Bréfritari: Þórarinn Stefánsson
Dagsetning: A-1930-05-22
Skrifað á: Vesturheimi

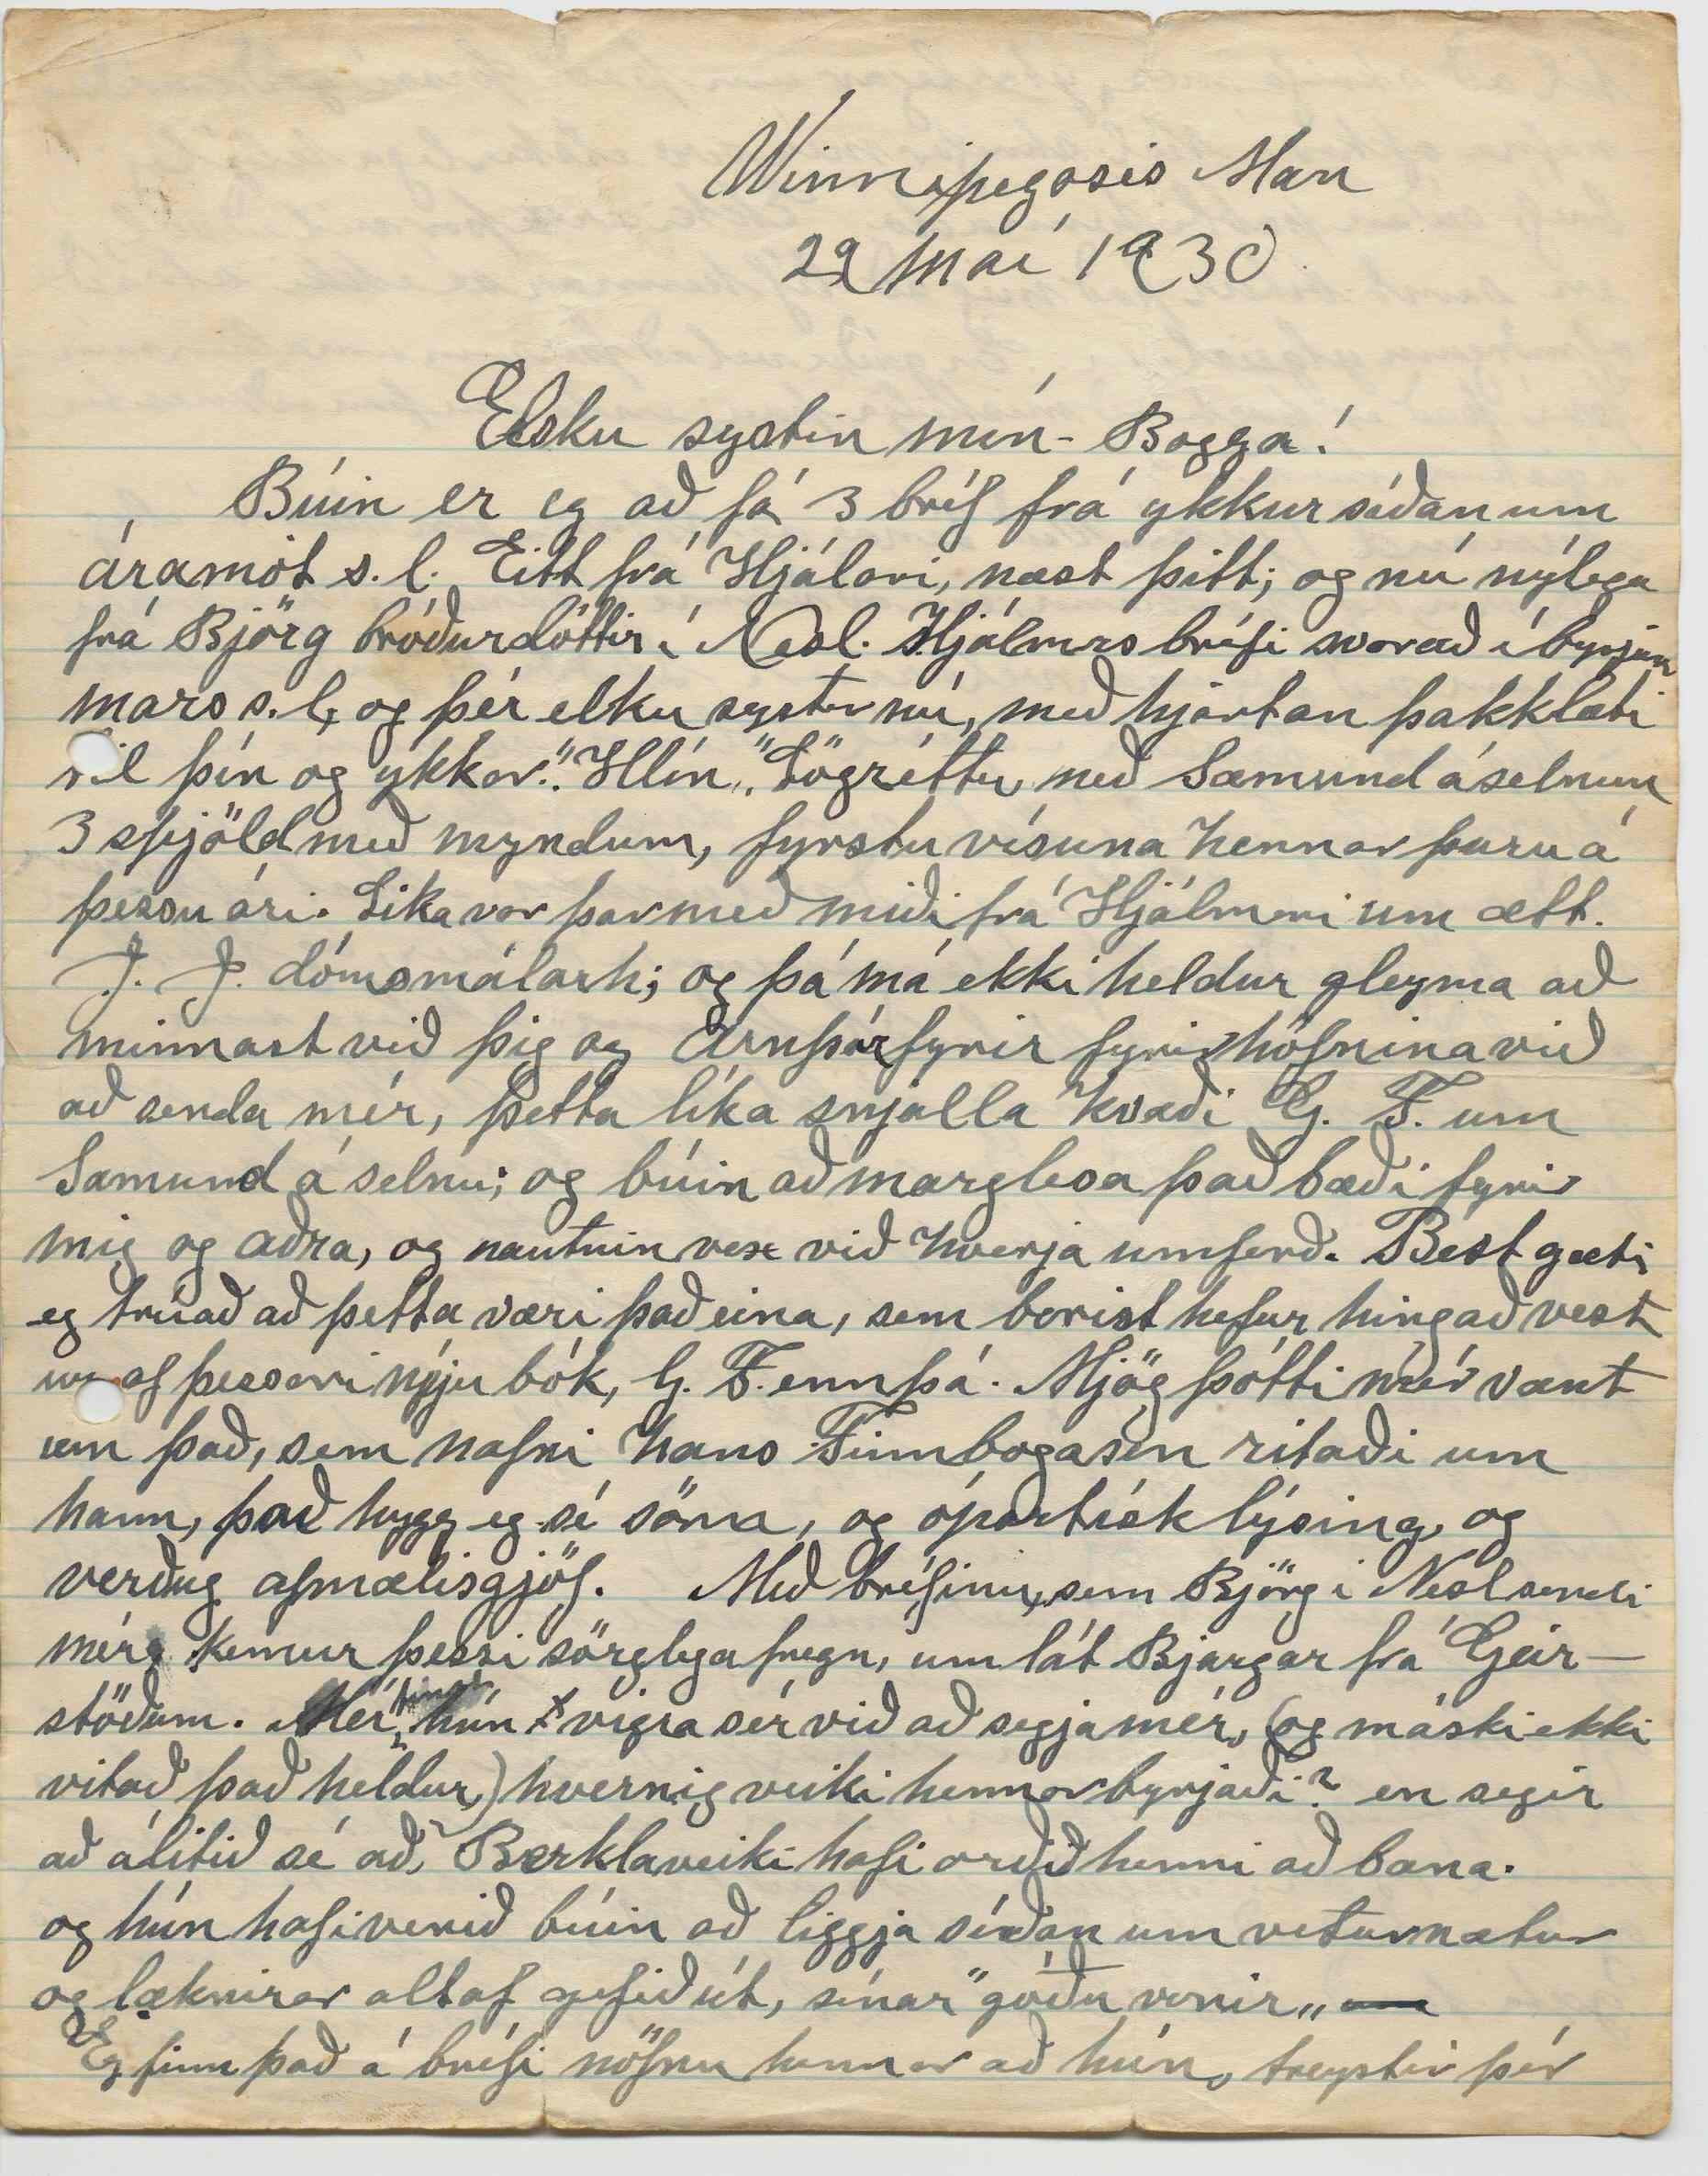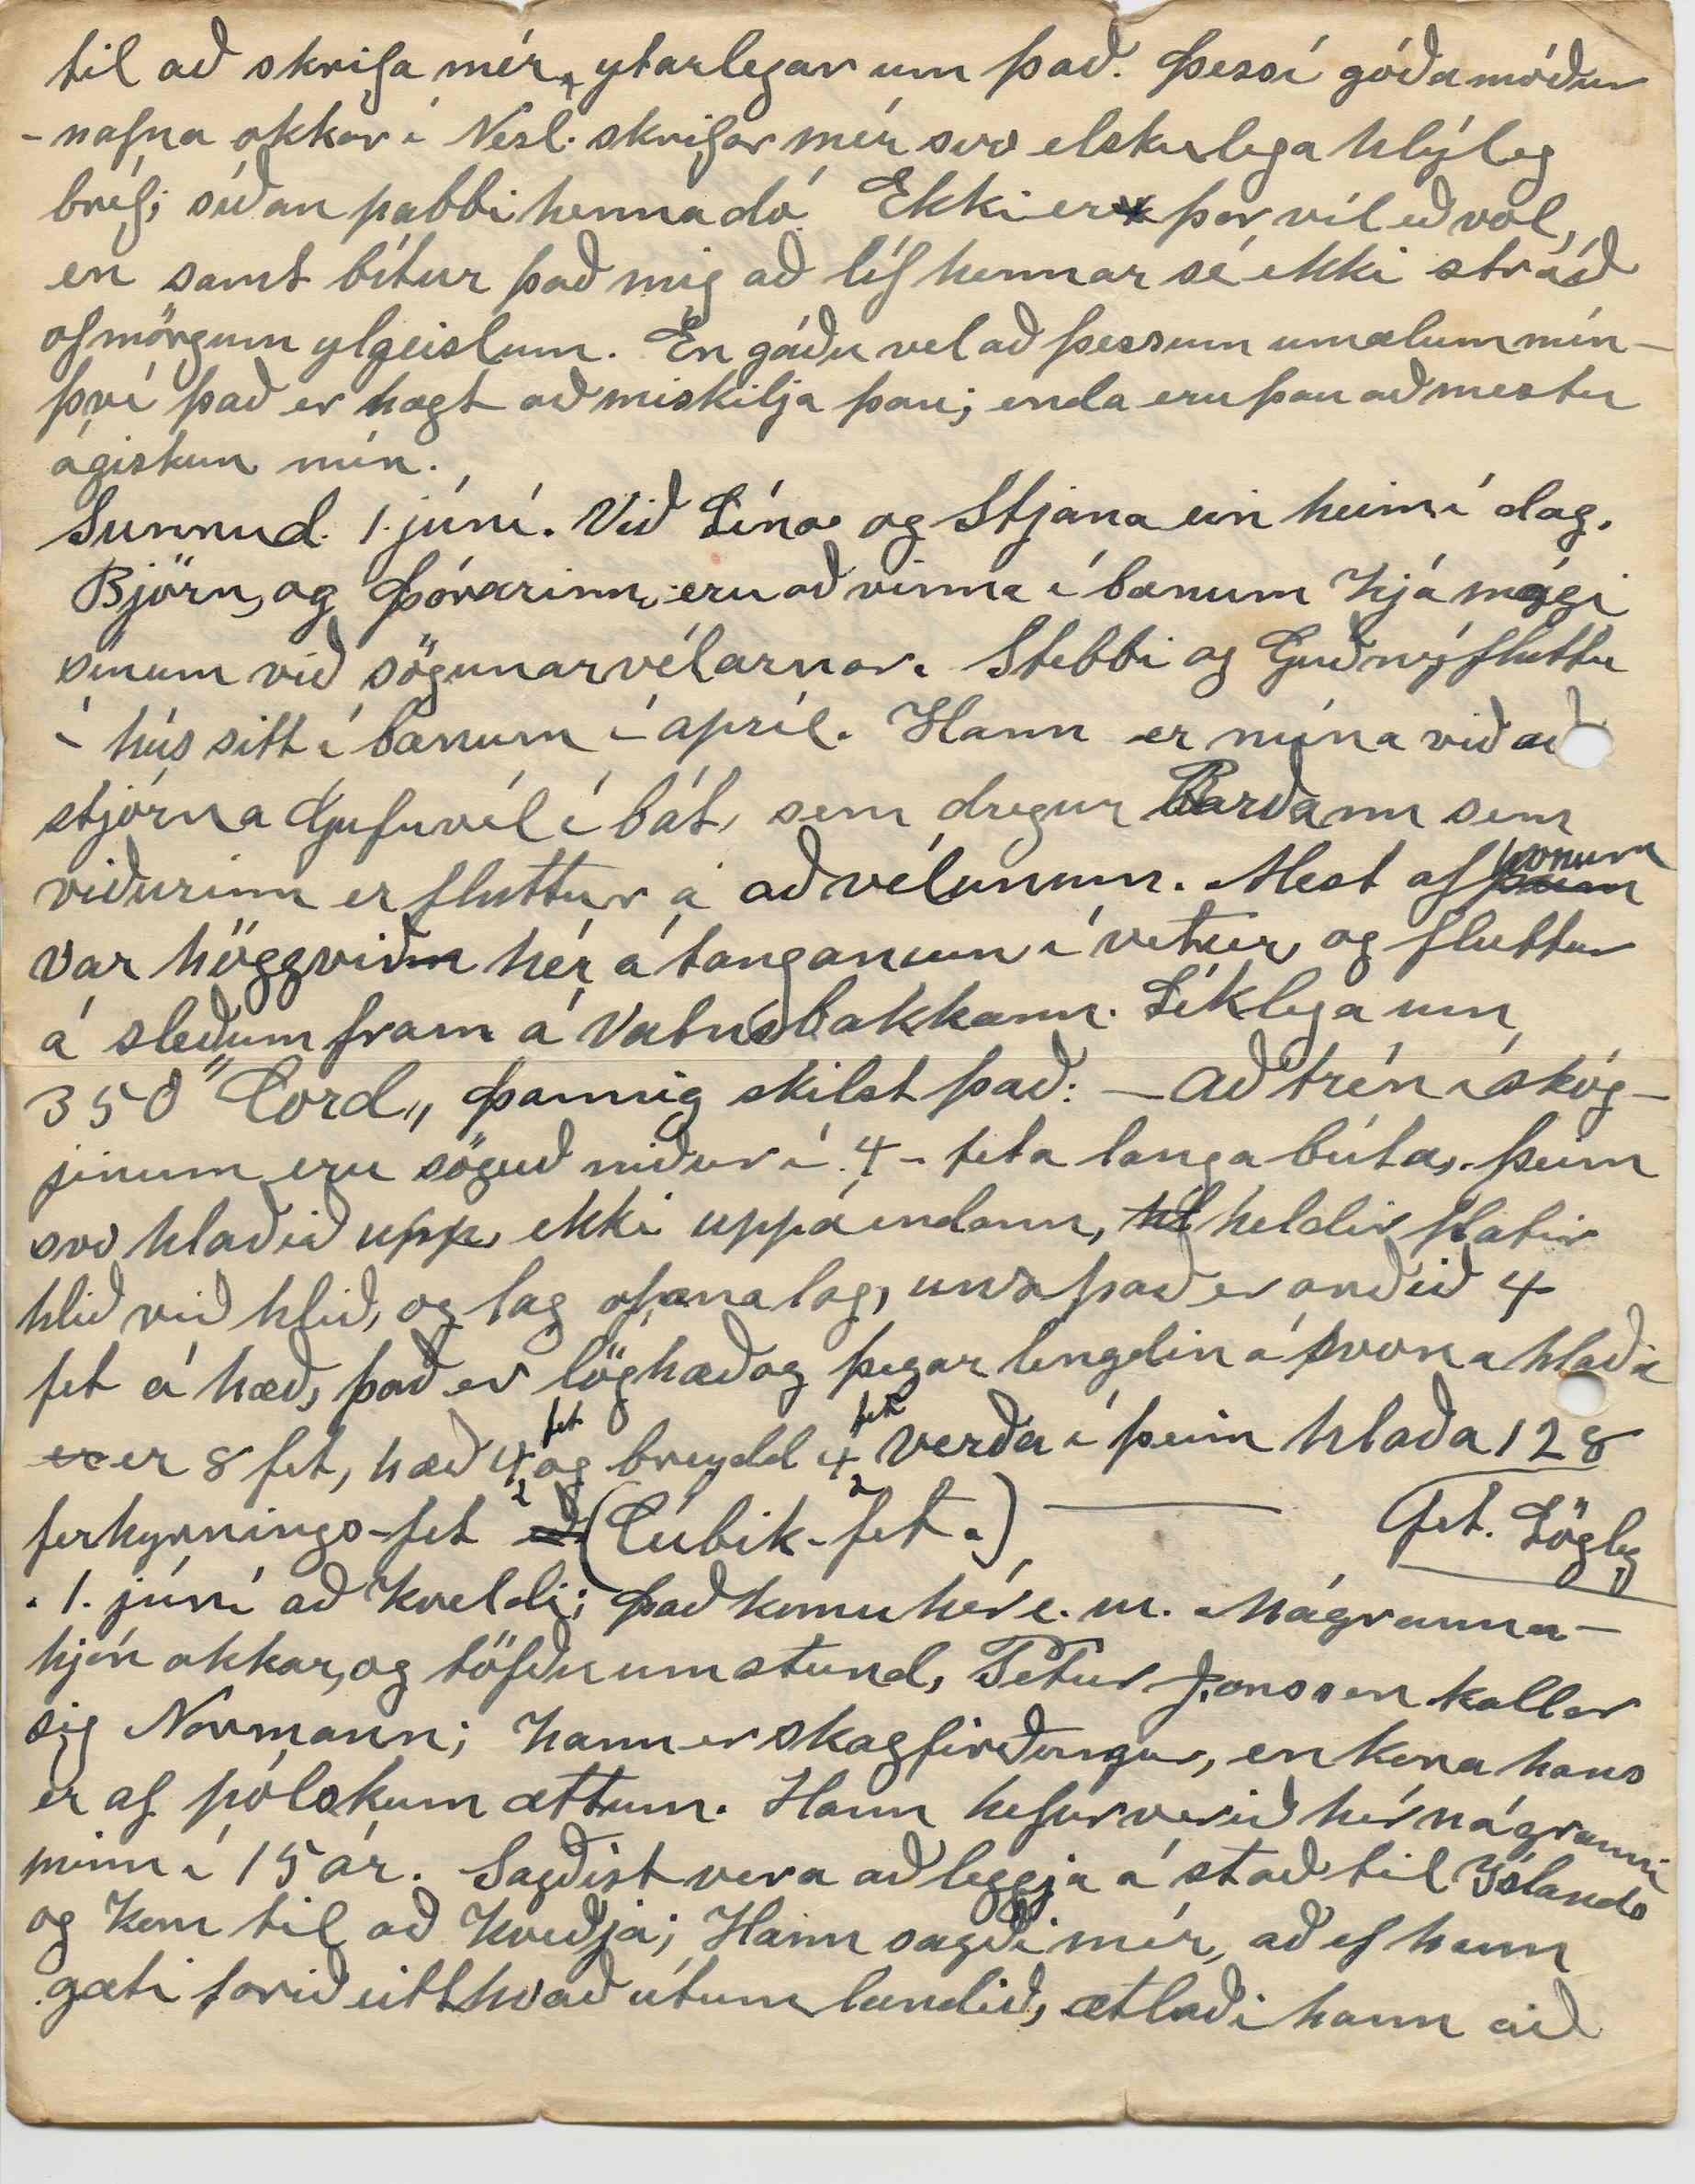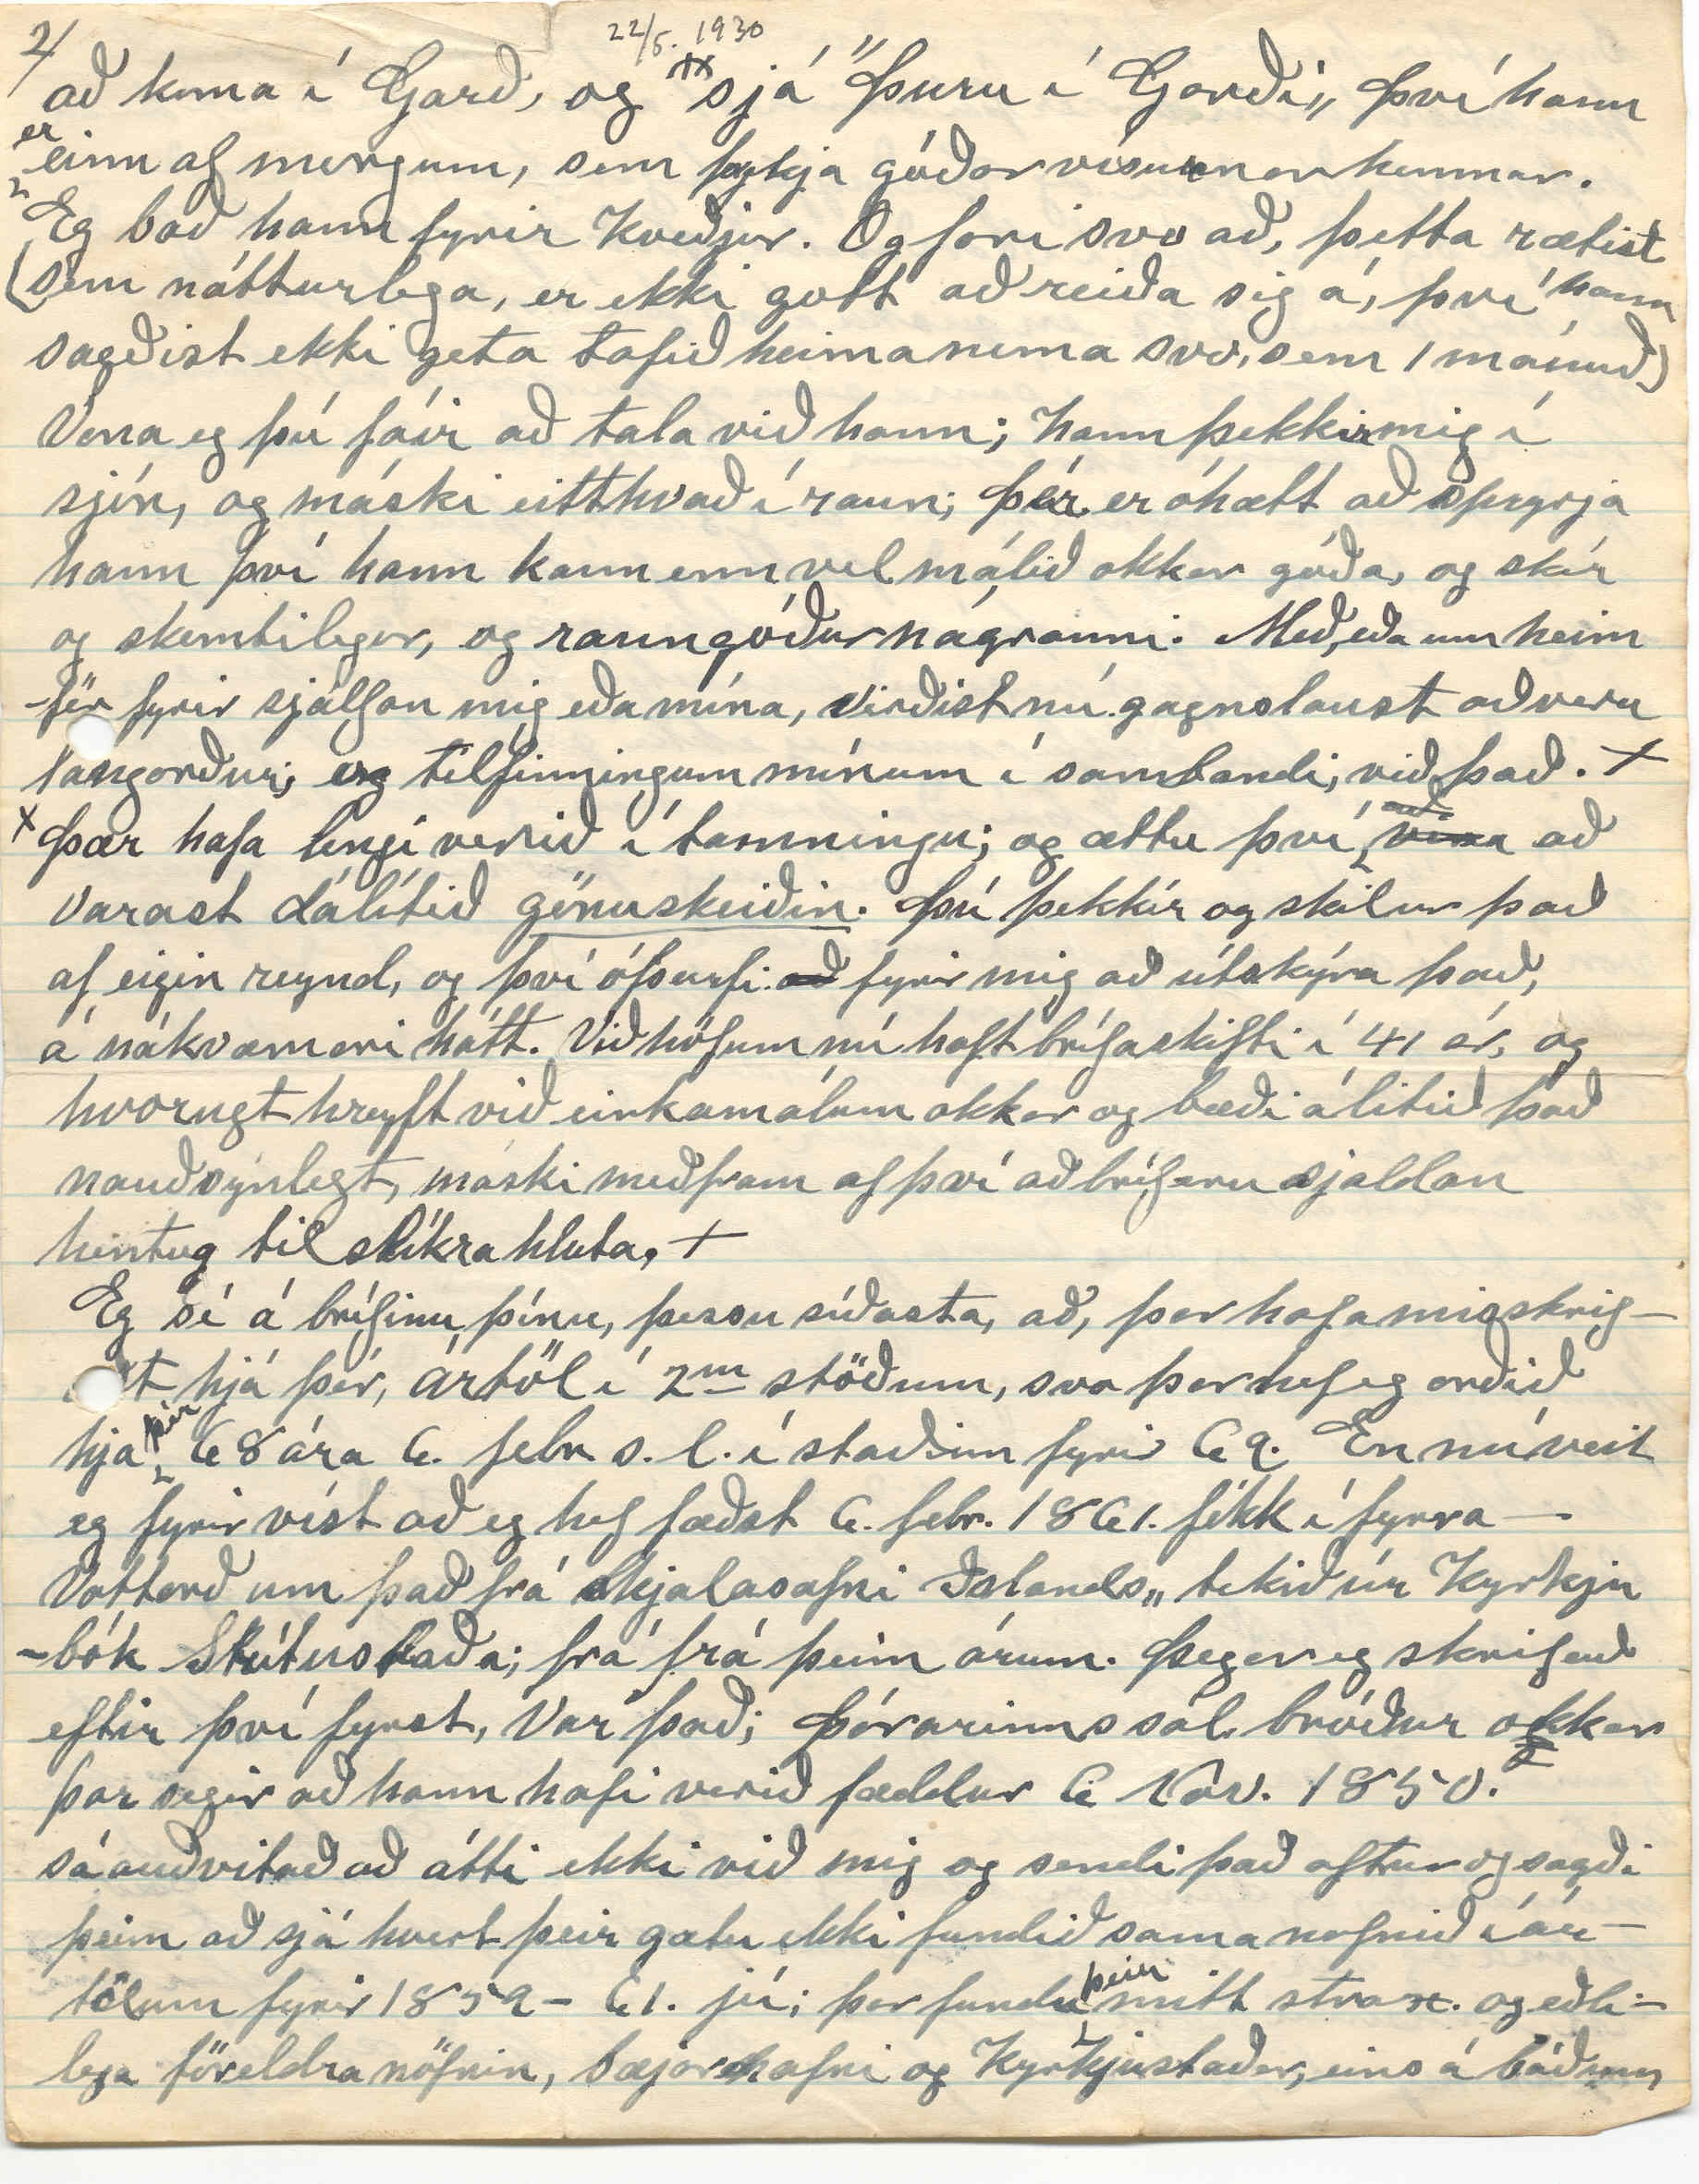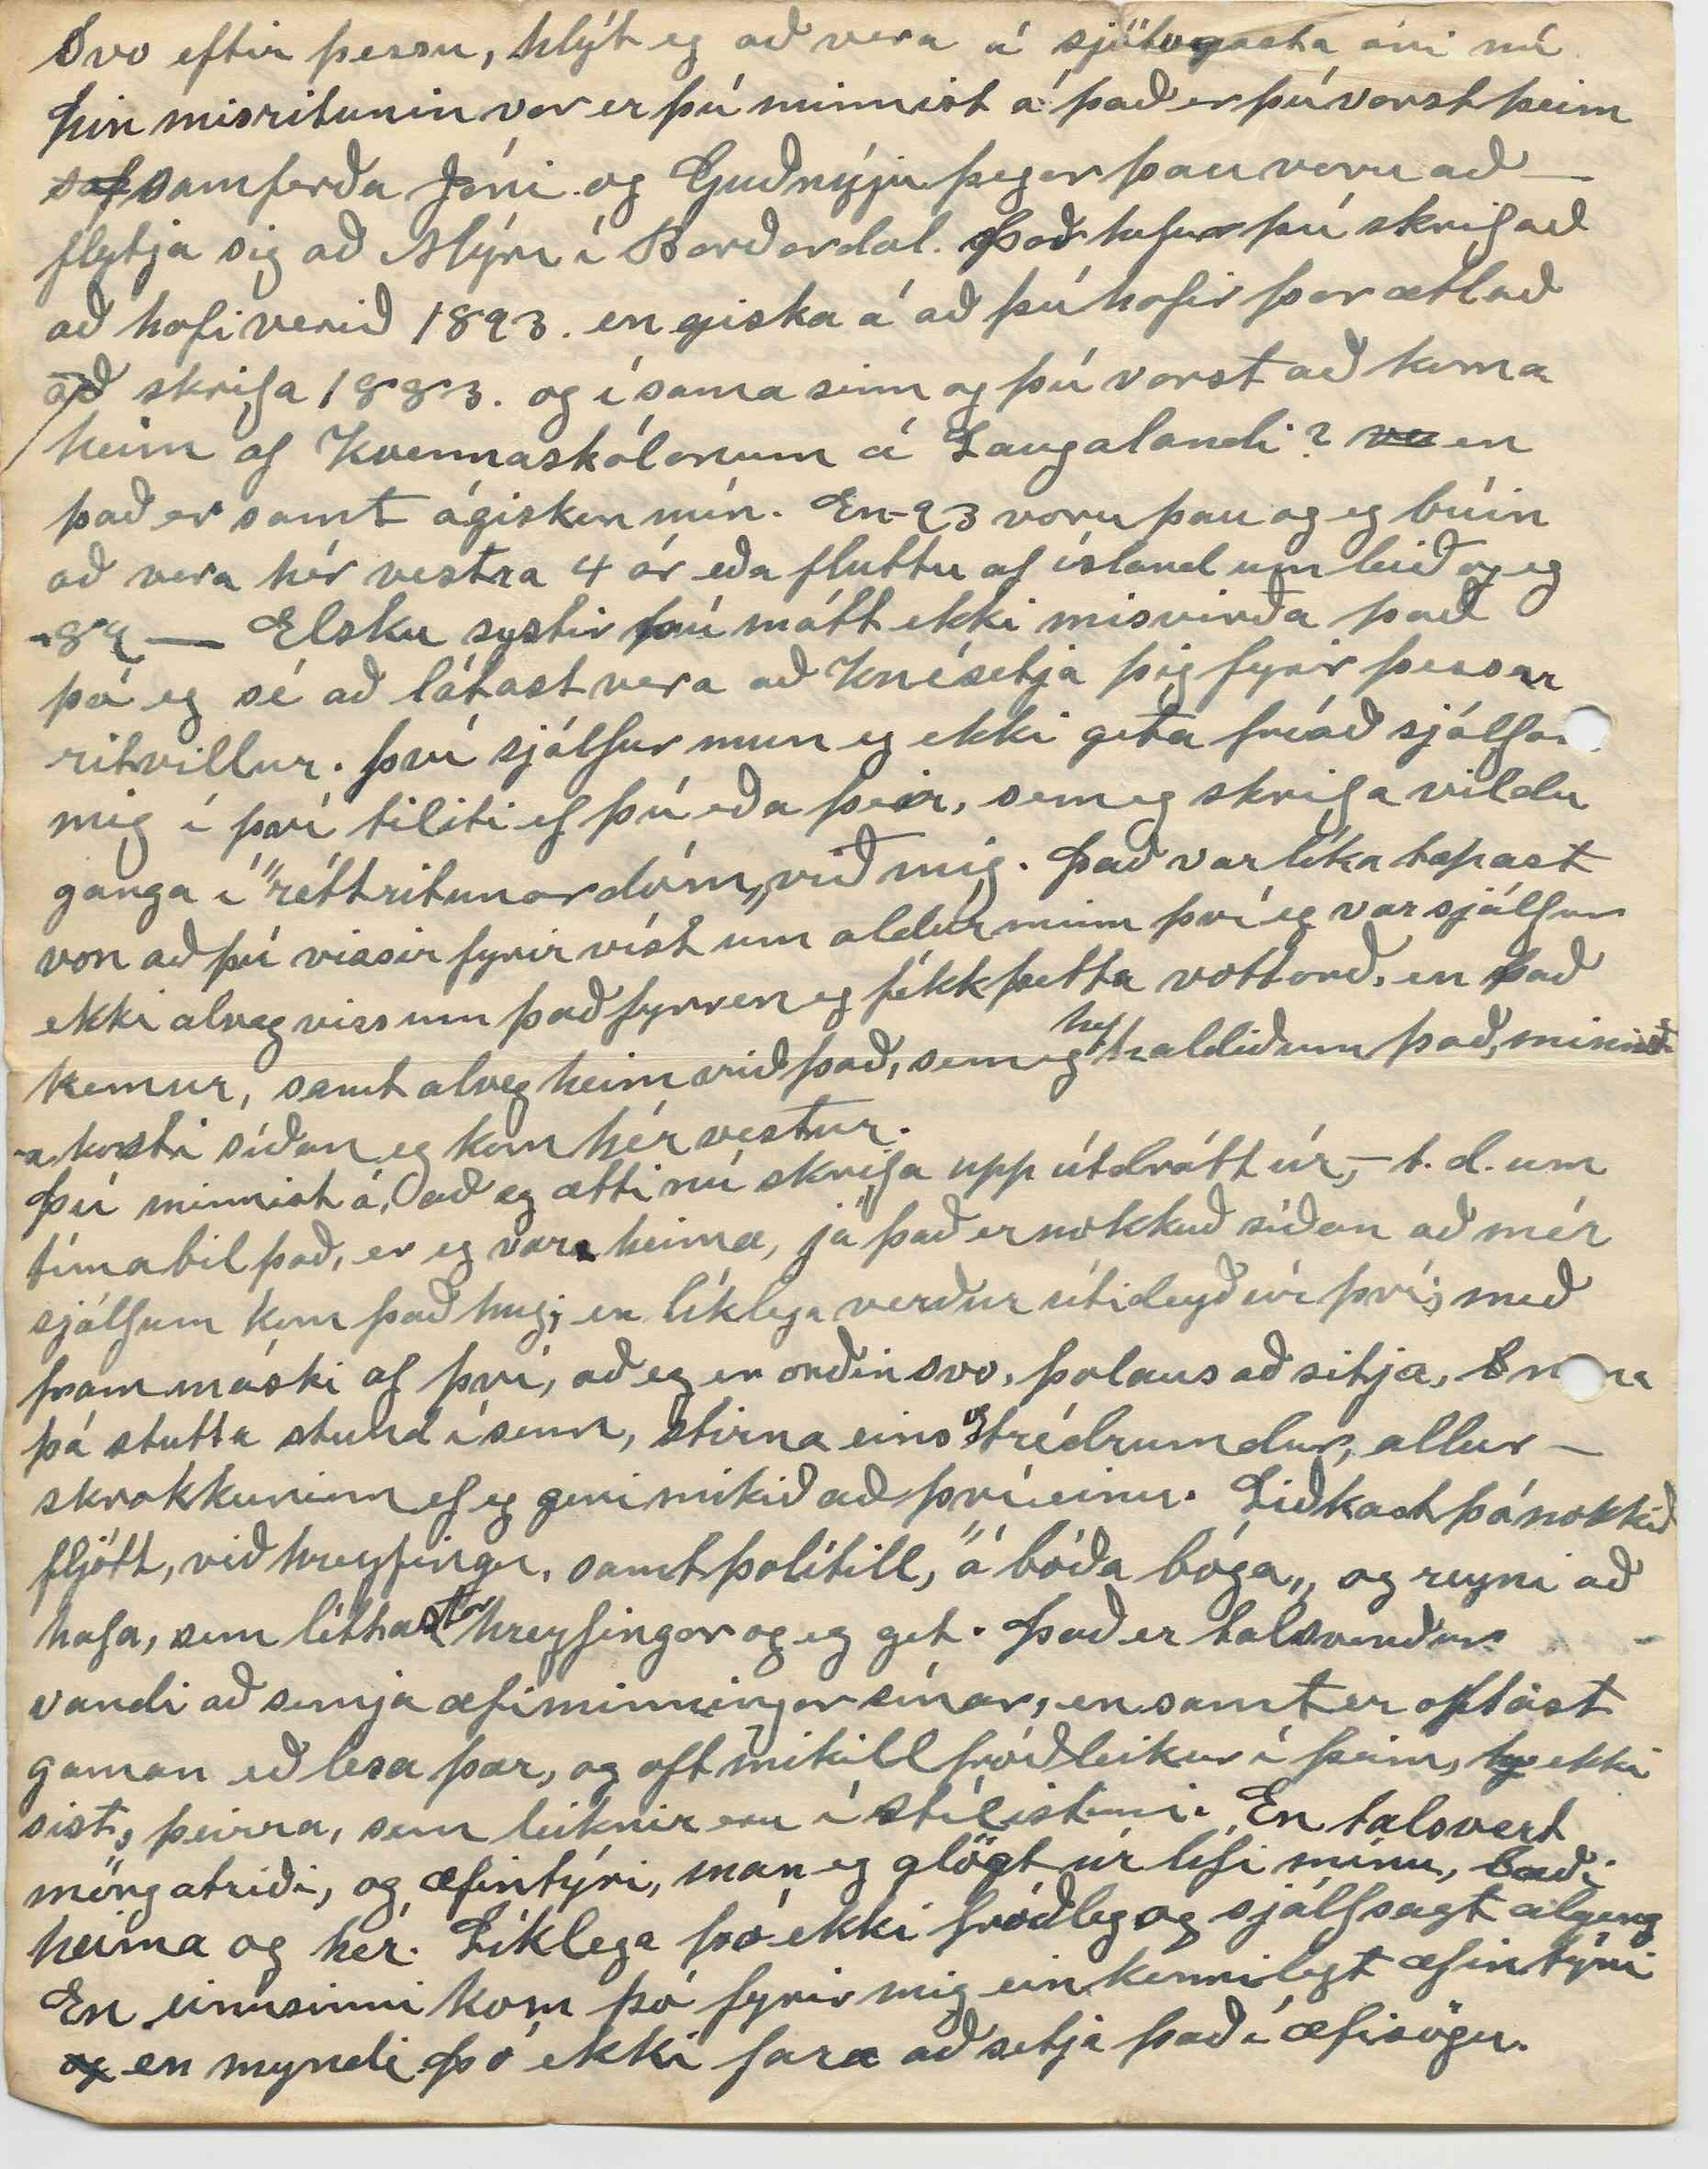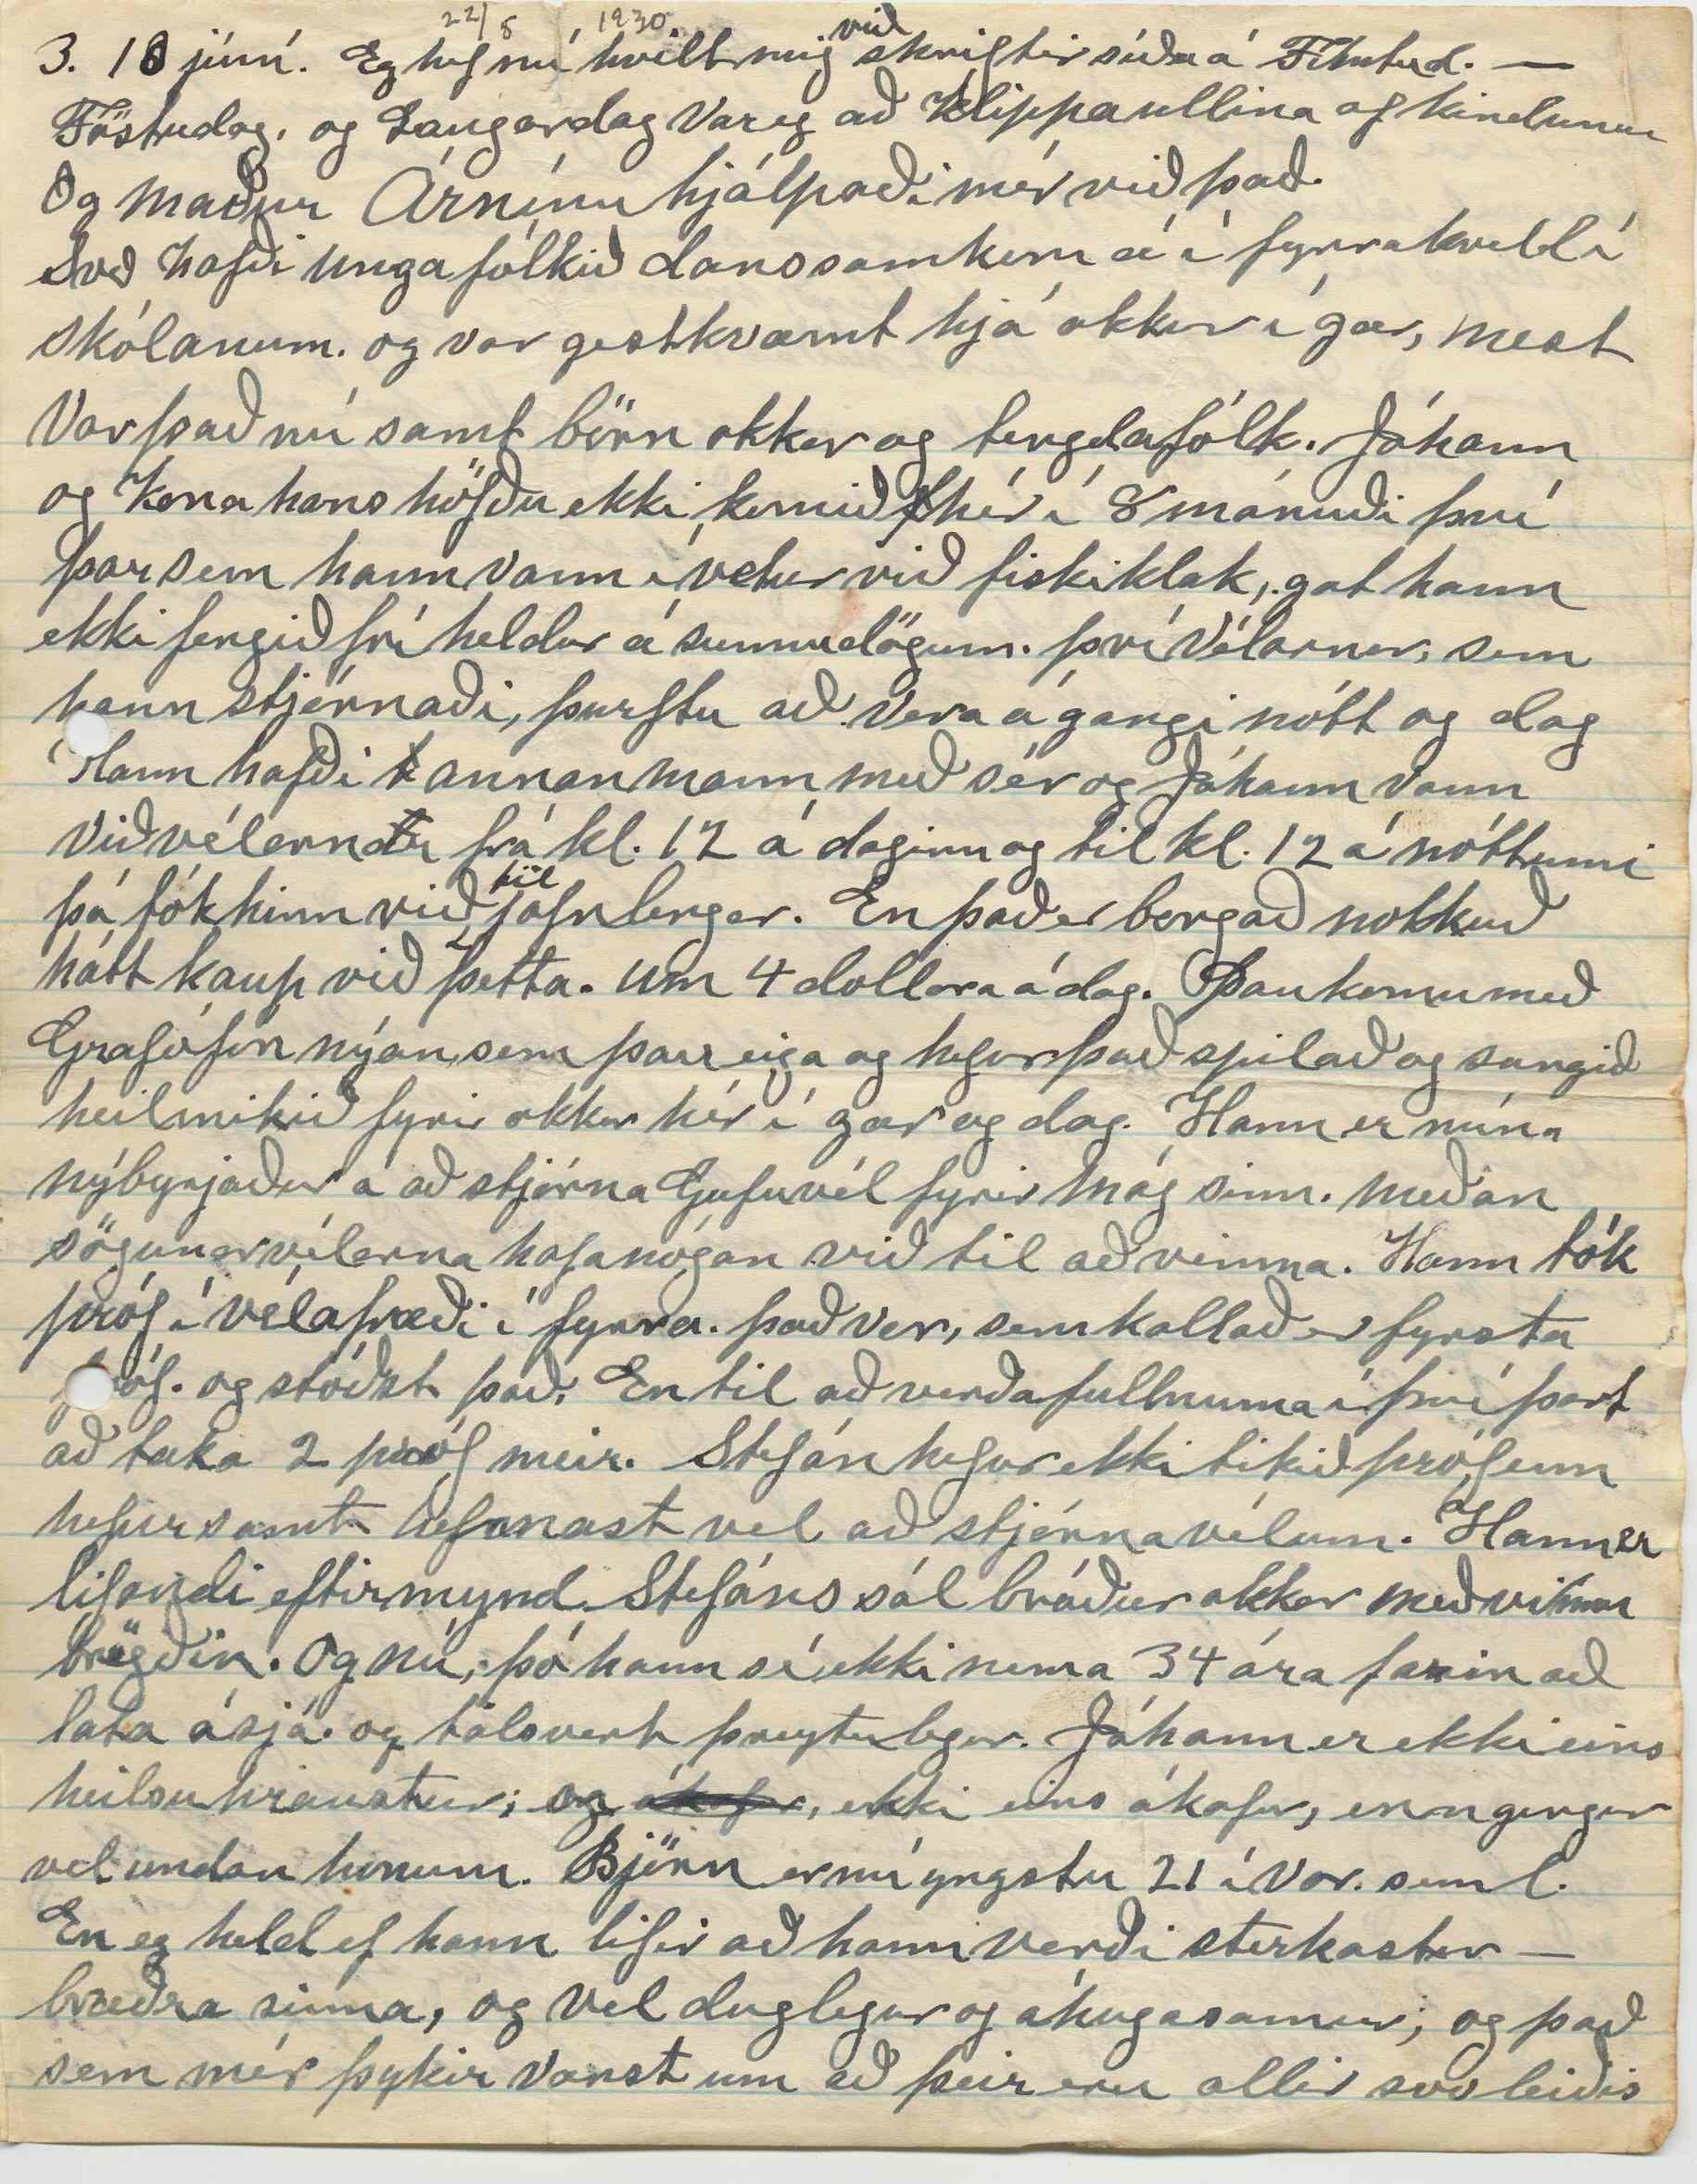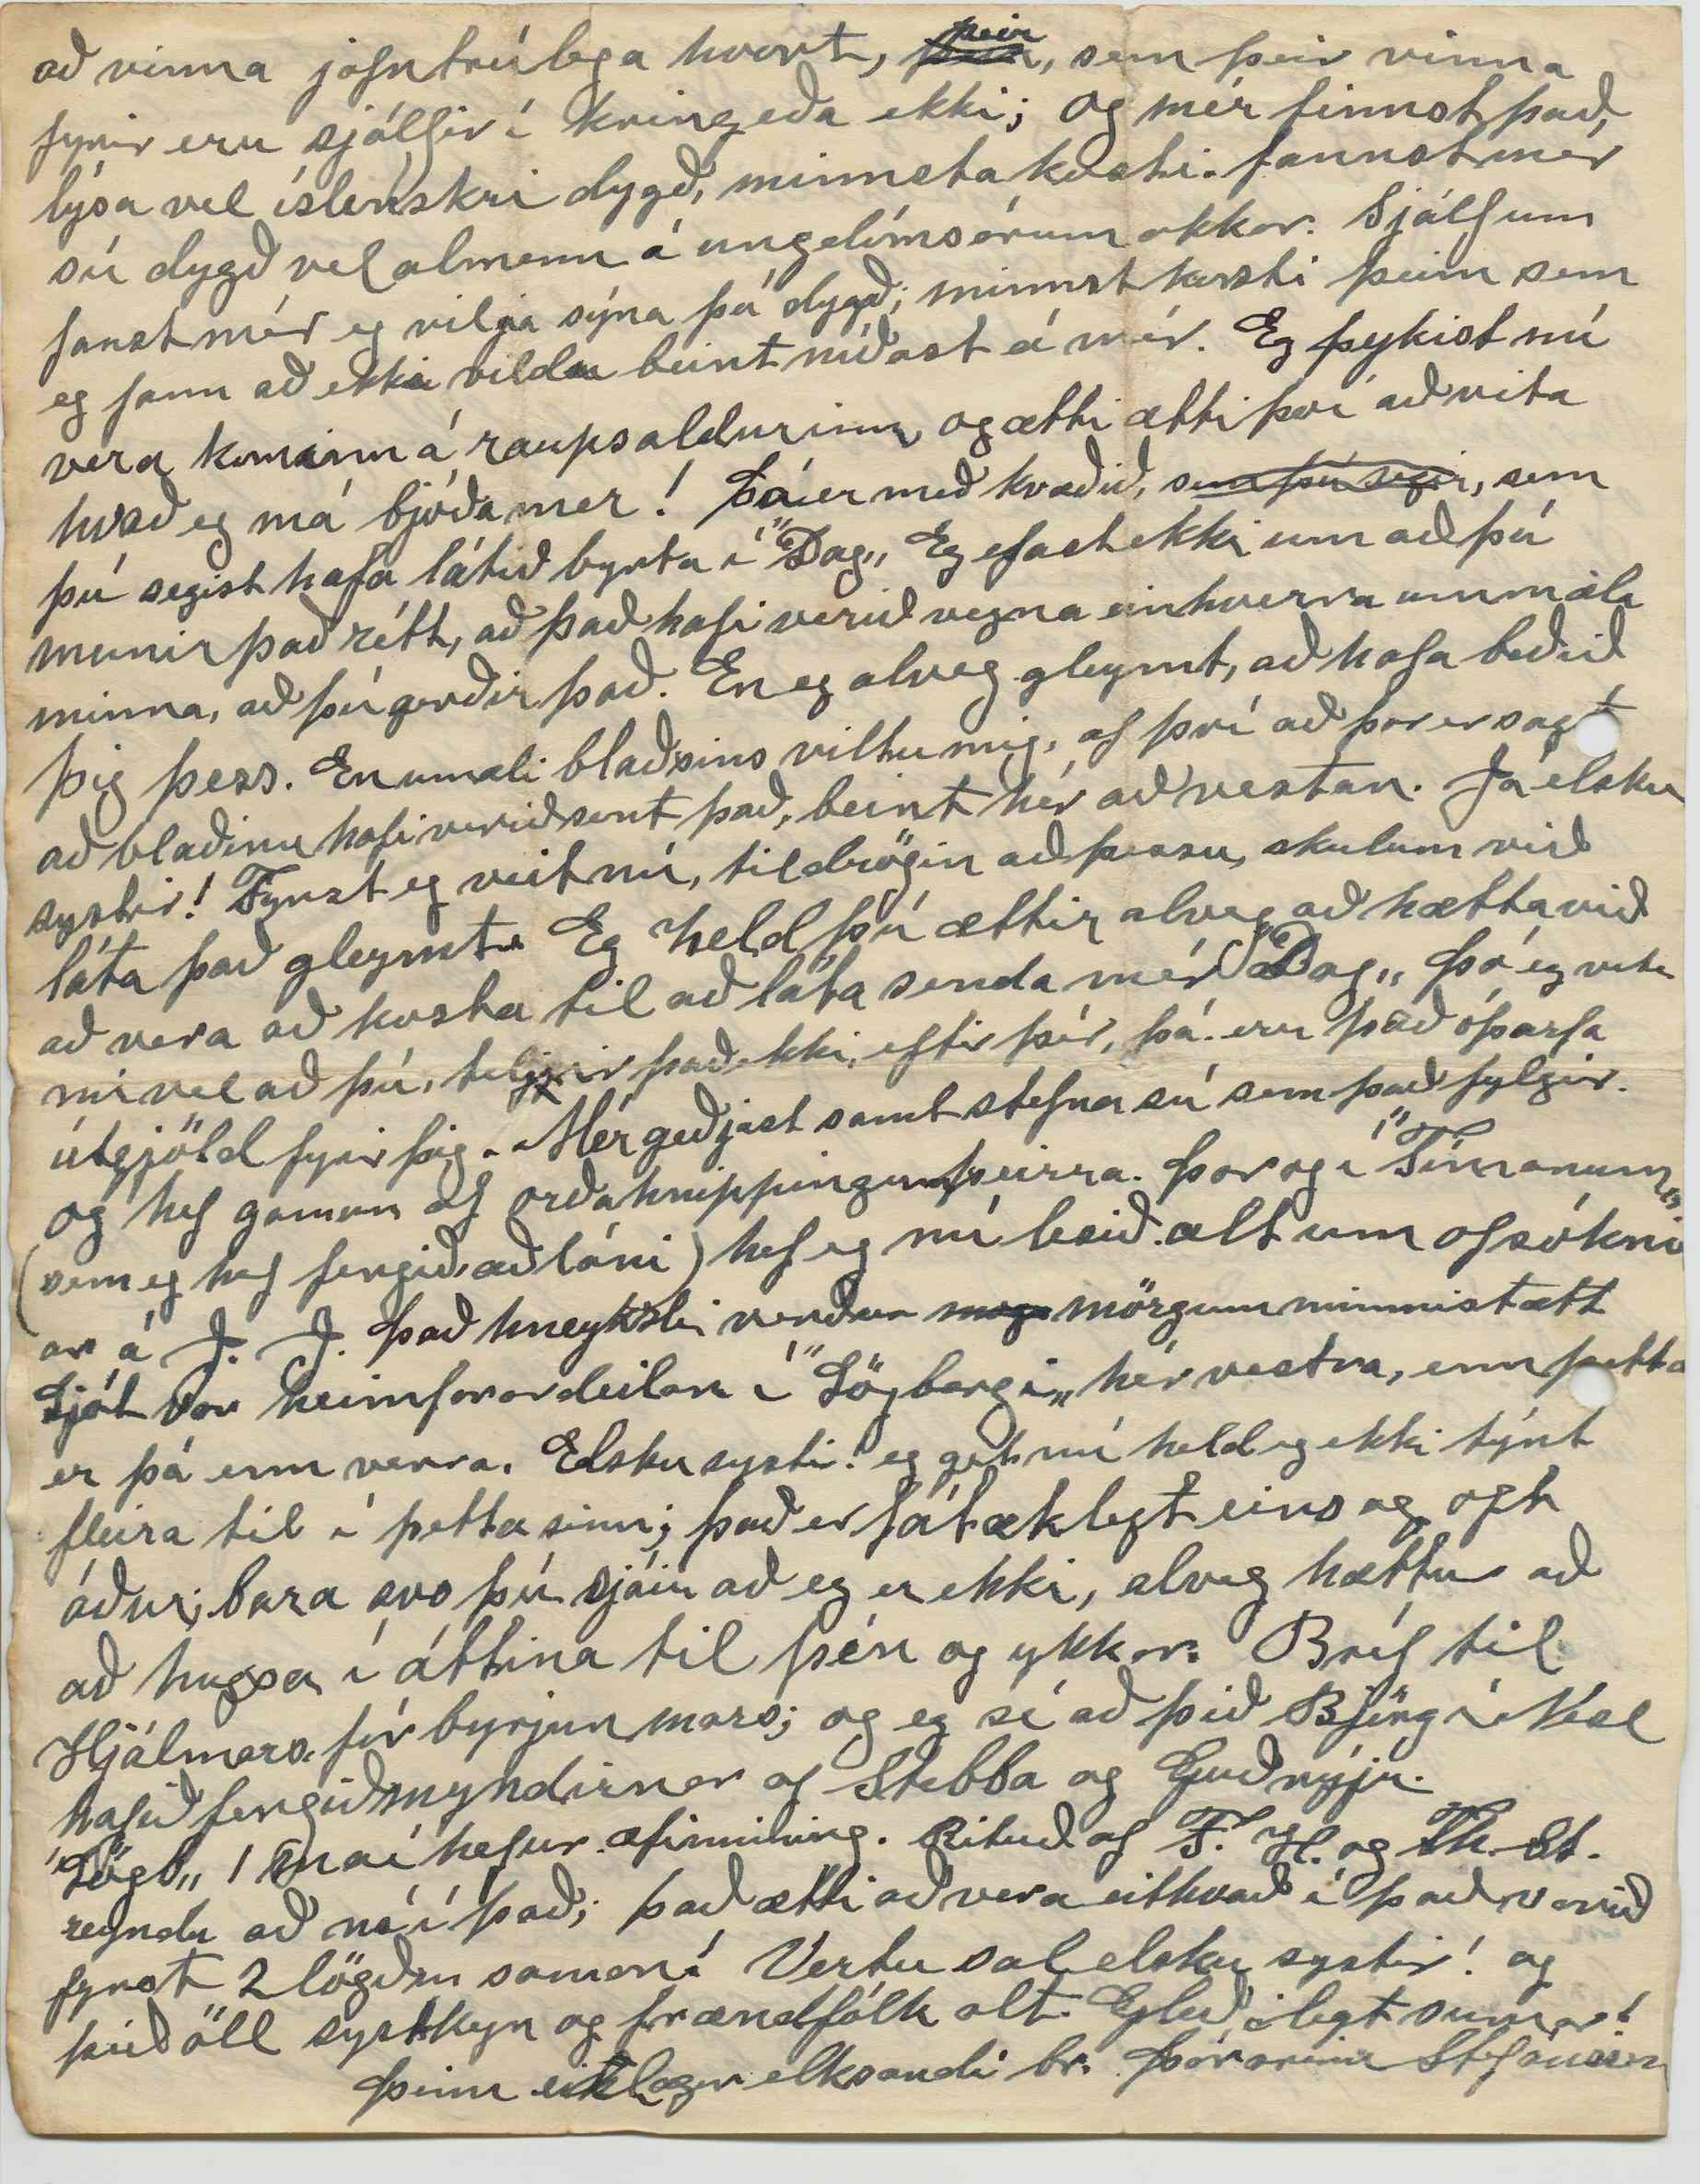

Winnipegosis Man
29 maí 1930.
Elsku systin mín - Bogga!
Búin er eg að fá 3 bréf frá ykkur síðan um áramót s.l. Eitt frá Hjálari, næst þitt; og nú nýlega frá Björg bróðurdóttir í Nesl. Hjálmrs bréfi svarað í byrjun mars s.l. og þér elku systir nú, með hjartan þakklæti til þín og ykkar. ”Hlín„ ”Lögréttu með Sæmund á selnum 3 spjöld með myndum, fyrstu vísuna hennar þuru á þessu ári. Lika var þar með miði frá Hjálmari um ætt. J. J. dómsmálarh; og þá má ekki heldur gleyma að minnast við þig og Arnþór fyrir fyrirhöfnina við að senda mér, þetta líka snjalla kvæði G. F. um Sæmund á selnu; og búin að marglesa það bæði fyrir mig og aðra, og nautnin vex við hverja umferð. Best gæti eg trúað að þetta væri það eina, sem borist hefur hingað vestur af þessari nýju bók, G. F. ennþá. Mjög þótti mér vænt um það, sem nafni hans Finnbogason ritaði um hann, það hygg eg sé sönn, og ópartísk lýsing, og verðug afmælisgjöf. Með bréfinu, sem Björg í Nesl sendi mér kemur þessi sörglega fregn, um lát Bjargar frá Geirstöðum. Mér
finst
hún vigra sér við að segja mér, (og máski ekki vitað það heldur) hvernig veiki hennar byrjaði? en segir að álitið sé að, Berklaveiki hafi orðið henni að bana. og hún hafi verið búin að liggja síðan um veturnætur og læknirar altaf gefið út, sínar ”góðu vonir„
um
Eg finn það á bréfi nöfnu hennar að hún treystir þér
til að skrifa mér ytarlegar um það. Þessí góða móðurnafna okkar í Nesl. skrifar mér svo elskulega hlýleg bréf; síðan pabbi henna dó. Ekki er
t
þar víl eð vol, en samt bítur það mig að líf hennar sé ekki stráð of mörgum ylgeislum. En gáðu vel að þessum umælum mín því það er hægt að miskilja þau; enda eru þau að mestu ágiskun mín.
Sunnud. 1. júní. Við Lína og Stjana ein heim í dag. Björn og Þórarinn eru að vinna í bænum hjá mági sínum við sögunarvélarnar. Stebbi og Guðný fluttu í hús sitt í bænum í apríl. Hann er núna við að stjórna Gufuvél í bát, sem dregur
0arðann
sem viðurinn er fluttur á að vélunum. Mest af
þeim
honum var höggvið
0n
hér á tanganum í vetur og fluttur á sleðum fram á vatnsbakkann. Líklega um 350 ”Cord„ Þannig skilst það: - að trén í skógjinum eru söguð niður í. 4-feta langa búta, þeim svo hlaðið upp, ekki uppá endann,
hl
heldir flatir hlið við hlið, og lag ofana lag, unz það er orðið 4 fet á hæð, það er löghæð og þegar lengdin á svona hlaða
er
er 8 fet, hæð 4
fet
og breydd 4
fet
verða í þeim hlaða 128
fet. Lögleg
ferhyrnings-fet
eð
(Cúbik-fet.)
1. júní að kveldi; Það komu hér e.m. nágrannahjón okkar, og töfðu um stund, Petur Jonsson kallar sig Normann; hann er skagfirðingur, en kona hans er af pólskum ættum. Hann hefur verið hér nágranni minn í 15 ár. Sagðist vera að leggja á stað til Íslands og kom til að kveðja; Hann sagði mér, að ef hann gæti farið eitthvað útum landið, ætlaði hann að
að koma í Garð, og sjá ”Þuru í Garði„ Því hann
er
einn af morgum, sem þykja góðar vísurnar hennar. Eg bað hann fyrir kveðjur. Og fari svo að, þetta rætist (sem nátturlega, er ekki gott að reiða sig á, því hann sagðist ekki geta tafið heima nema svo, sem 1 mánuð) Vona eg þú fáir að tala við hann; hann þekkir mig í sjón, og máski eitthvað í raun; Þér er óhætt að spyrja hann því hann kann enn vel málið okkar góða, og skír og skemtilegur, og raungóður nágranni. Með, eða um heimför fyrir sjálfan mig eða mína, virðist nú gagnslaust að vera langorður; og tilfinningum mínum í sambandi, við það. Þær hafa lengi verið í tamningu; og ættu því
vi0a
að varast dálítið
gönuskeiðin.
Þú þekkir og skilur það af eigin reynd, og því óþarfi
að
fyrir mig að útskýra það, á nákvæmari hátt. Við höfum nú haft bréfaskifti í 41 ár, og hvorugt hreyft við einkamálum okkar og bæði álitið það nauðsýnlegt, máski meðfram af því að bréf eru sjaldan hentug til slíkra hluta.
Eg sé á bréfinu þínu, þessu síðasta, að, þar hafa misskrifast hjá þér, ártöl í 2
m
stöðum, svo þar hef eg orðið hjá
þér
68 ára 6. febr s.l. í staðinn fyrir 69. En nú veit eg fyrir víst að eg hef fæðst 6. febr. 1861. fékk í fyrra vottorð um það frá Skjalasafni Islands„ tekið úr kyrkjubók Skútustaða; frá frá þeim árum. Þegar eg skrifað eftir því fyrst, var það; Þórarinns sál. bróður okkar þar segir að hann hafi verið fæddur 6 Nov. 1850. sá auðvitað að átti ekki við mig og sendi það aftur og sagði þeim að sjá hvort þeir gætu ekki fundið sama nafnið í ártölum fyrir 1859 - 61. jú; þar fundu
þeir
mitt strax. og eðlilega föreldra nöfnin, bæjarnafni og kyrkjustaðar, eins á báðum
Svo eftir þessu, hlýt eg að vera á sjötugasta ári nú. hin misritunin var er þú minnist á það er þú varst þeim
saf
samferða Jóni og Guðnýju þegar þau voru að flytja sig að Mýri í Barðardal. Það hefur þú skrifað að hafi verið 1893. en giska á að þú hafir þar ætlað að skrifa 1883. og í sama sinn og þú varst að koma heim af Kvennaskólanum á Laugalandi?
ve
en það er samt ágiskun mín. En -93 voru þau og eg búin að vera hér vestra 4 ár eða fluttu af ísland um leið og eg -89 - Elsku systir þú mátt ekki misvirða það þó eg sé að látast vera að knésetja þig fyrir þessar ritvillur. því sjálfur mun eg ekki geta fríað sjálfan mig í því tiliti ef þú eða þeir, sem eg skrifa vildu ganga í ”réttritunardóm„ við mig. Það var líka tæpast von að þú vissir fyrir víst um aldur minn því eg var sjálfur ekki alveg viss um það fyrr en eg fékk þetta vottorð, en það kemur, samt alveg heim við það, sem eg
hef
haldið um það, minnsta kosti síðan eg kom hér vestur.
Þú minnist á, að eg ætti nú skrifa upp útdrátt úr, - t.d. um tímabil það, er eg var heima, já það er nokkuð síðan að mér sjálfum kom það hug; en líklega verður útideyð úr því; með fram máski af því, að eg er orðin svo, þolaus að sitja,
l
nema
þá stutta stund í senn, stirna eins
og
trédrumdur, allur skrokkurinn ef eg geri mikið að því einu. Liðkast þó nokkuð fljótt, við hreyfingu, samt þolítill, ”á báða bóga„ og reyni að hafa, sem léttastar hreyfingar og eg get. Það er talsverður vandi að semja æfiminningar sínar, en samt er oftast gaman að lesa þær, og oft mikill fróðleikur í þeim,
hj
ekki sist, þeirra, sem leiknir eru í stílistinni. En talsvert mörg atriði, og æfintýri, man eg glögt úr lífi mínu, bæði heima og hér. Líklega þó ekki fróðleg og sjálfsagt algeng En einusinni kom þó fyrir mig einkennilegt æfintýri
og
en myndi þó ekki fara að setja það í æfisögu.
10 júní. Eg hef nú hvilt mig
við
skriftir síða á Fimtud. Föstudag, og Laugardag var eg að klippa ullina af kindunum Og maður Árnínu hjálpaði mér við það.
Svo hafði unga fólkið danssamkom á í fyrrakveld í skólanum. og var gestkvæmt hjá okkur í gær, mest var það nú samt börn okkar og tengdafólk. Jóhann og kona hans höfðu ekki komið
f
hér í 8 mánuði því þar sem hann vann í vetur við fiskiklak, gat hann ekki fengið frí heldur á sunnudögum. því vélarnar, sem hann stjórnaði, þurftu að vera á gangi nótt og dag Hann hafði annan mann með sér og Jóhann vann við vélarnar frá kl. 12 á daginn og til kl. 12 á nóttunni þá tók hinn við
til
jafnlengar. En það er borgað nokkuð hátt kaup við þetta. Um 4 dollara á dag. Þau komu með Grafófón nýan, sem þau eiga og hefur það spilað og sungið heilmikið fyrir okkur hér í gær og dag. Hann er núna nýbyrjaður á að stjórna Gufuvél fyrir mág sinn. meðan sögunarvélarna hafa nógan við til að vinna. Hann tók próf í vélafræði í fyrra. það var, sem kallað er fyrsta próf. og stóðst það. En til að verða fullnuma í því þarf að taka 2 próf meir. Stefán hefur ekki tikið próf enn hefur samt hefnast vel að stjórna vélum. Hann er lifandi eftirmynd Stefáns sál bróður okkar með vinnubrögðin. Og nú, þó hann sé ekki nema 34 ára farin að láta á sjá. og talsvert þreytulegur. Jóhann er ekki eins heilsuhraustur; og
ákafur
ekki eins ákafur, enn gengur vel undan honum. Björn er nú yngstu 21 í vor. sem l. En eg held ef hann lifir að hann verði sterkastur bræðra sinna, og vel duglegur og áhugasamur; og það sem mér þykir vænst um að þeir eru allir svo leiðis
að vinna jafntrúlega hvort
þeir
þeir, sem þeir vinna fyrir eru sjálfir í kring eða ekki; og mér finnst það lýsa vel íslenskri dygð, minnsta kosti. fannst mér sú dygð vel almenn á ungdómsárum okkar. Sjálfum fanst mér eg vilja sýna þá dygð; minnst kosti þeim sem eg fann að ekki vildu beint níðast á mér. Eg þykist nú vera kominn á raupsaldurinn og ætti ætti því að vita hvað eg má bjóða mer! Þá er með kvæðið,
sem þú segir,
sem þú segist hafa látið byrta í ”Dag„ Eg efast ekki um að þú munir það rétt, að það hafi verið vegna einhverra ummæla minna, að þú gerðir það. En eg alveg gleymt, að hafa beðið þig þess. En umæli blaðsins viltu mig, af því að þar er sagt að blaðinu hafi verið sent það, beint hér að vestan. Já elsku systir! Fyrst eg veit nú, tildrögin að þessu, skulum við láta það gleymt. Eg held þú ættir alveg að hætta við að vera að kosta til að láta senda mér ”Dag„ Þó eg viti nú vel að þú, teljir það ekki eftir þér, þá eru það óþarfa útgjöld fyrir þig. Mér geðjast samt stefna sú sem það fylgir. og hef gaman af orðahnippingum þeirra. Þar og í ”Tímanum„ (sem eg hef fengið að láni) hef eg nú lesið alt um ofsókniar á J. J. Það hneyksli verður
mag
mörgum minnistætt Ljót var heimfarardeilan í ”Lögbergi„ hér vestra, enn þetta er þó enn verra. Elsku systir. eg get nú held eg ekki týnt fleira til í þetta sinn; það er fátæklegt eins og oft áður; bara svo þú sjáir að eg er ekki, alveg hættur að að hugsa í áttina til þín og ykkar. Bréf til Hjálmars fór byrjun mars; og eg sé að þið Björg í Nesl hafið fengið myndirnar af Stebba og Guðnýju.
”Lögb„ 1 maí hefur æfiminning. Rituð af F. H. og Th. St. reyndu að ná í það; það ætti að vera eitthvað í það varið fyrst 2 lögðu saman! Vertu sæl elsku systir! og þið öll systkyn og frændfólk alt. Gleðilegt sumar!
Þinn einlægur elksandi br. Þórarinn Stefansson